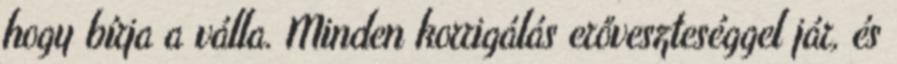
hogy bírja a válla. Minden korrigálás erőveszteséggel jár, és